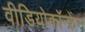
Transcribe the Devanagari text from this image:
वीडियोकॉन्फ्रेंस